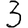
Digit: 3